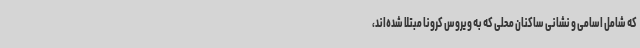
که شامل اسامی و نشانی ساکنان محلی که به ویروس کرونا مبتلا شده‌اند،